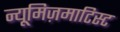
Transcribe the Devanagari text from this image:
न्यूमिज़माटिस्ट